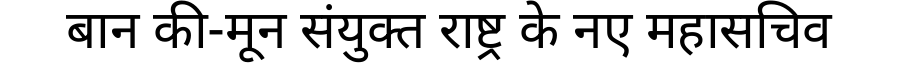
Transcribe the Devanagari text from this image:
बान की-मून संयुक्त राष्ट्र के नए महासचिव